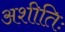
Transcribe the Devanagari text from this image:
अशीतिः